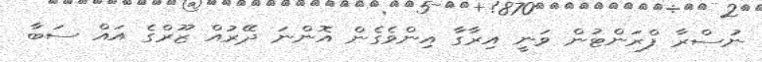
ނުސްރާ ފްރަންޓުން ވަނީ އިރާގާ އިންވެގެން އޮންނަ ދޭރުއް ޒޫރްގެ އައް ސަބާ